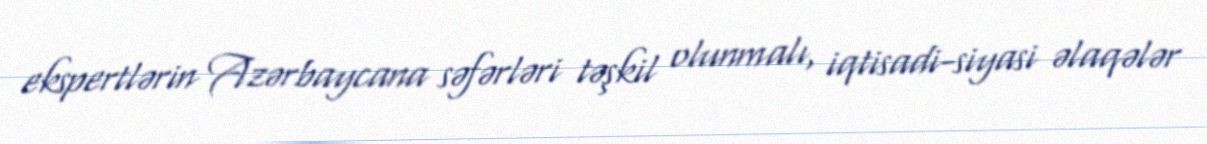
ekspertlərin Azərbaycana səfərləri təşkil olunmalı, iqtisadi-siyasi əlaqələr